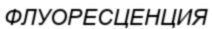
ФЛУОРЕСЦЕНЦИЯ